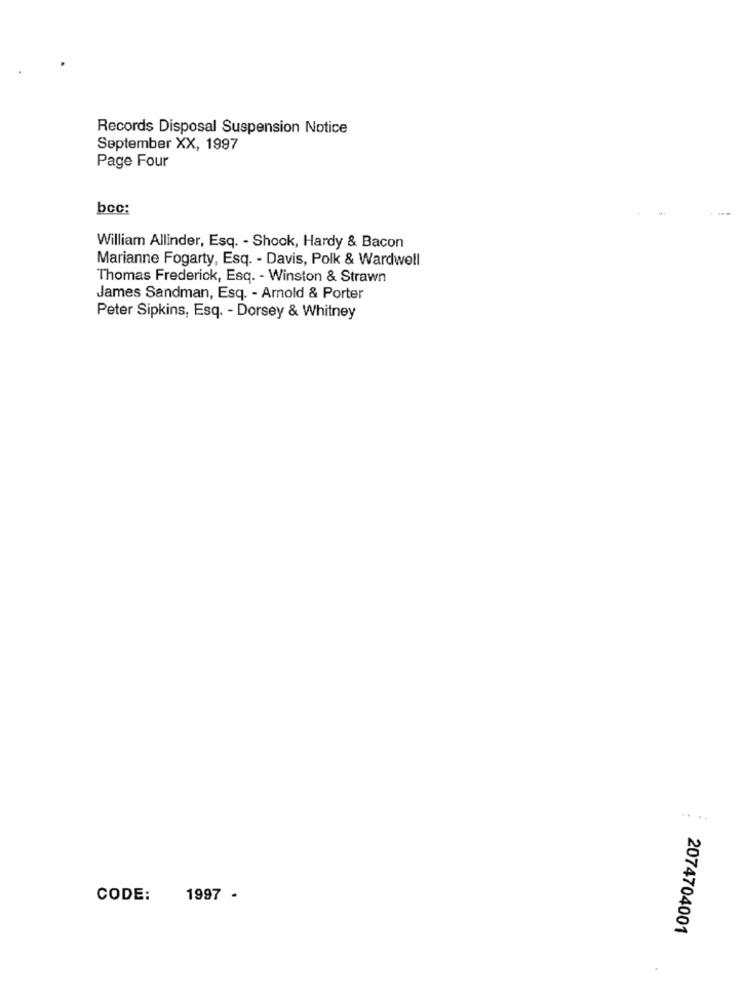
Records Disposal Suspension Notice
September XX, 1997
Page Four
bcc:
William Allinder, Esq. - Shock, Hardy & Bacon
Marianne Fogarty, Esq. - Davis, Polk & Wardwell
Thomas Frederick, Esq. - Winston & Strawn
James Sandman, Esq. - Arnold & Porter
Peter Sipkins, Esq. - Dorsey & Whitney
CODE:
1997 -
2074704001